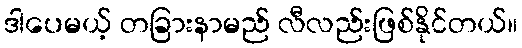
ဒါပေမယ့် တခြားနာမည် လီလည်းဖြစ်နိုင်တယ်။